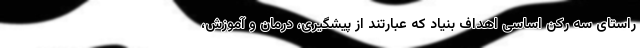
راستای سه رکن اساسی اهداف بنیاد که عبارتند از پیشگیری، درمان و آموزش،